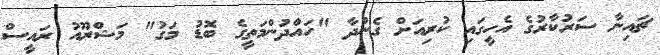
ޗައިނާ ސަރުކާރުގެ އެހީގައި ކުރިއަށް ގެންދާ "ހައްދުންމަތީގެ ބޮޑު މަގު" މަޝްރޫއު ރައީސް